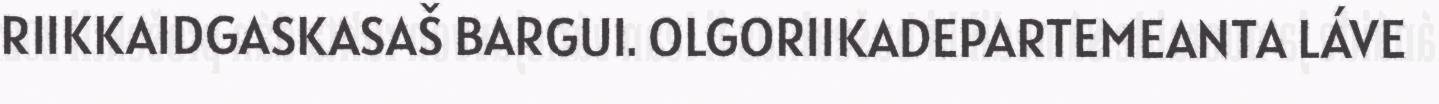
RIIKKAIDGASKASAŠ BARGUI. OLGORIIKADEPARTEMEANTA LÁVE